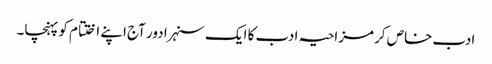
ادب خاص کر مزاحیہ ادب کا ایک سنہرا دور آج اپنے اختتام کو پہنچا۔